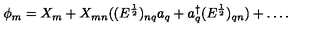
\phi _ { m } = X _ { m } + X _ { m n } ( ( E ^ { \frac { 1 } { 2 } } ) _ { n q } a _ { q } + a _ { q } ^ { \dagger } ( E ^ { \frac { 1 } { 2 } } ) _ { q n } ) + \ldots .